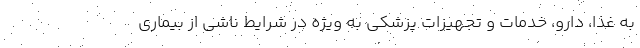
به غذا، دارو، خدمات و تجهیزات پزشکی به ویژه در شرایط ناشی از بیماری